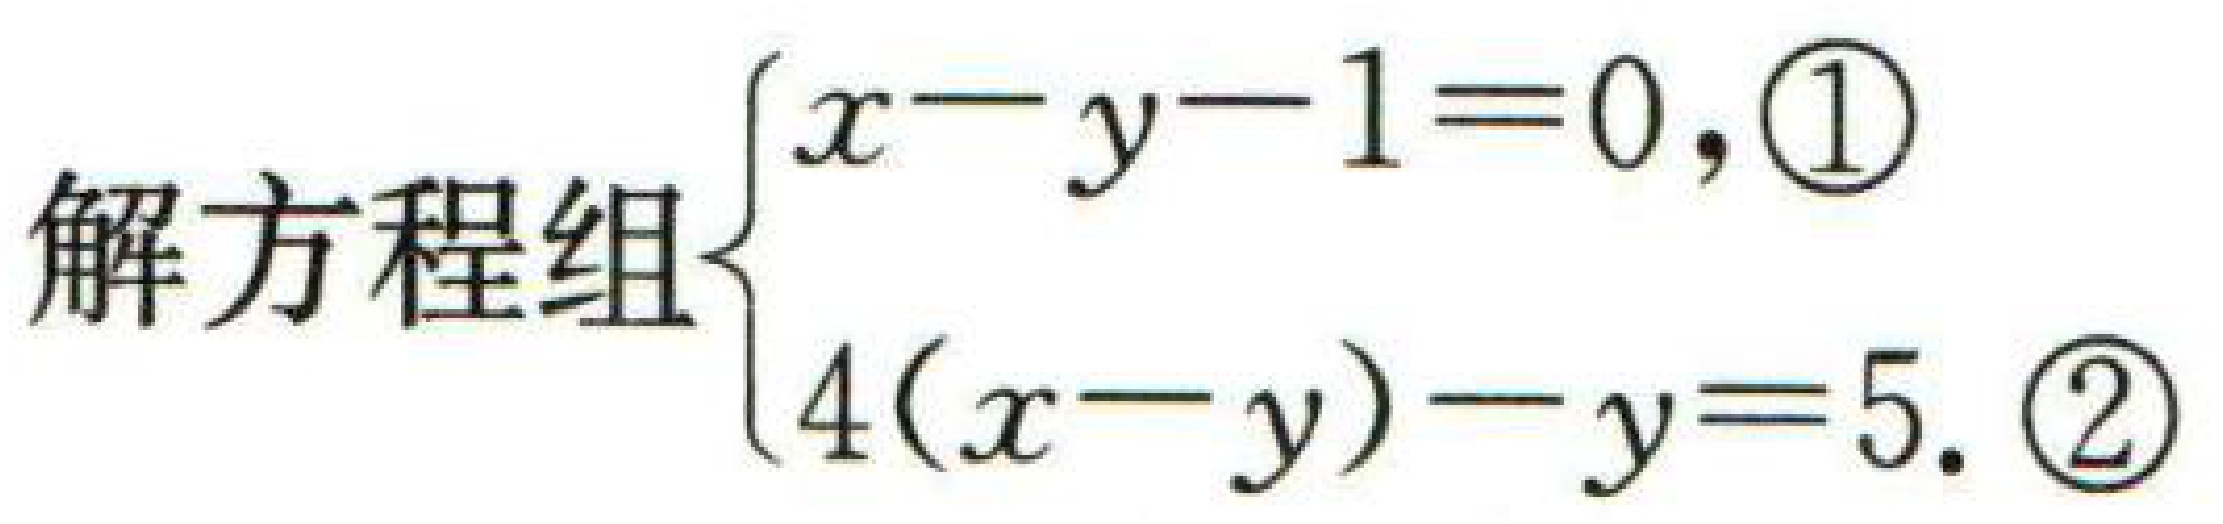
解方程组$\begin{cases}x - y - 1 = 0, &\textcircled{1}\\4(x - y) - y = 5. &\textcircled{2}\end{cases}$